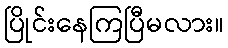
ပြိုင်းနေကြပြီမလား။